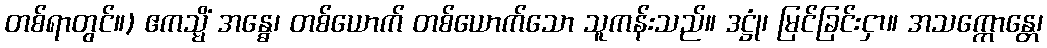
တစ်ရာတွင်။) ဧကသ္မိံ အန္ဓေ၊ တစ်ယောက် တစ်ယောက်သော သူကန်းသည်။ ဒဋ္ဌုံ၊ မြင်ခြင်းငှာ။ အသက္ကောန္တေ၊